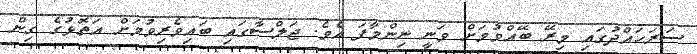
ސަރަހައްދުގައި މިރޭ ބޭއްވުމަށް ވަނީ ނިންމާފަ އެވެ. ޖަލްސާގައި ބައިވެރިވުމަށް އަތޮޅުގެ ގިން